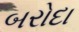
બરોદા